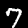
Digit: 7